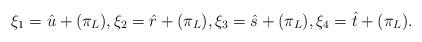
LaTeX: \begin{align*} \xi_1 = \hat{u} + (\pi_L), \xi_2 = \hat{r} + (\pi_L), \xi_3 = \hat{s} + (\pi_L), \xi_4 = \hat{t} + (\pi_L).\end{align*}